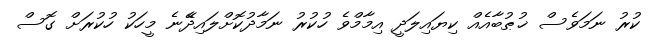
ކުރު ނަމަވެސް ޚުޠުބާއެއް ކިޔައިލަދީ އިމާމްވެ ހުކުރު ނަމާދުކޮށްލައިދޭެނެ މީހަކު ހުކުރަށް ގޮސް